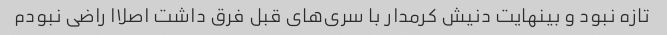
تازه نبود و بینهایت دنیش کرمدار با سری‌های قبل فرق داشت اصلاا راضی نبودم